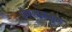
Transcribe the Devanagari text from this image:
सैफलमलूक